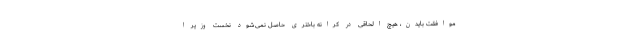
موافقت بایدن، هیچ الحاقی در کرانه باختری حاصل نمی‌شود نخست وزیر ا